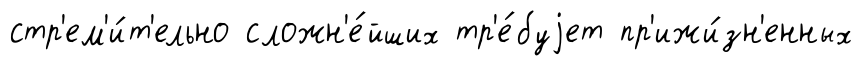
стр'ем'и́т'ельно сложн'е́йших тр'е́буjет пр'ижи́зн'енных